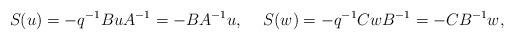
LaTeX: \begin{align*}S(u)=-q^{-1}BuA^{-1}=-BA^{-1}u,\hspace{5mm} S(w)=-q^{-1}CwB^{-1}=-CB^{-1}w,\end{align*}